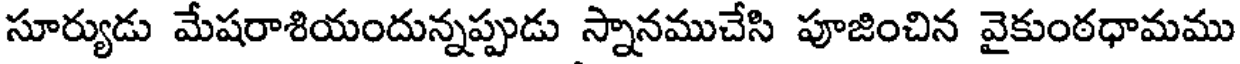
సూర్యుడు మేషరాశియందున్నప్పుడు స్నానముచేసి పూజించిన వైకుంఠధామము